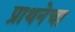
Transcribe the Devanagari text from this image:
प्राथनेचा